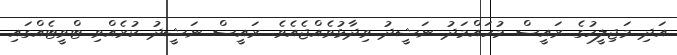
އަދި މަޖިލީހުގެ ރައީސް މުހައްމަދު ނަޝީދު ވިދާޅުވެއްޖެއެވެ. ރައީސް ނަޝީދު ކުރެއްވި ޓްވީޓެއްގައި